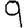
Digit: 9